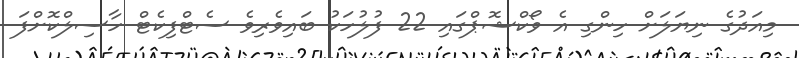
މިއަދުގެ ނިޔަލަށް ހިންގި އެ ވޯކްޝޮޕްގައި 22 ފުލުހަކު ބައިވެރިވެ ސެޓްފިކެޓް ހާސިލްކޮށްފަ